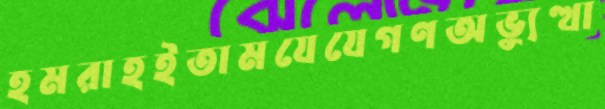
হমরাহইতামযেযেগণঅভু্যত্থা